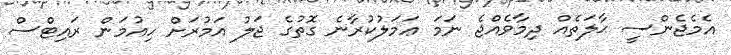
އެމެޖެންސީ ޙާލަތެއް ދިމާވެއްޖެ ނަމަ ޢަމަލުކުރާނެ ގޮތުގެ ޖަލު އަމުރަށް ހިއުމަން ރައިޓްސް